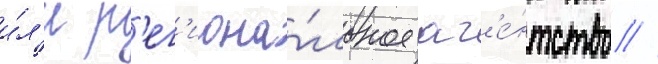
и́л'и р'ег'иона́льное аг'е́нтство //